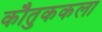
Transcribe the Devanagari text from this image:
कौतुककला